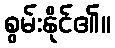
စွမ်းနိုင်၏။